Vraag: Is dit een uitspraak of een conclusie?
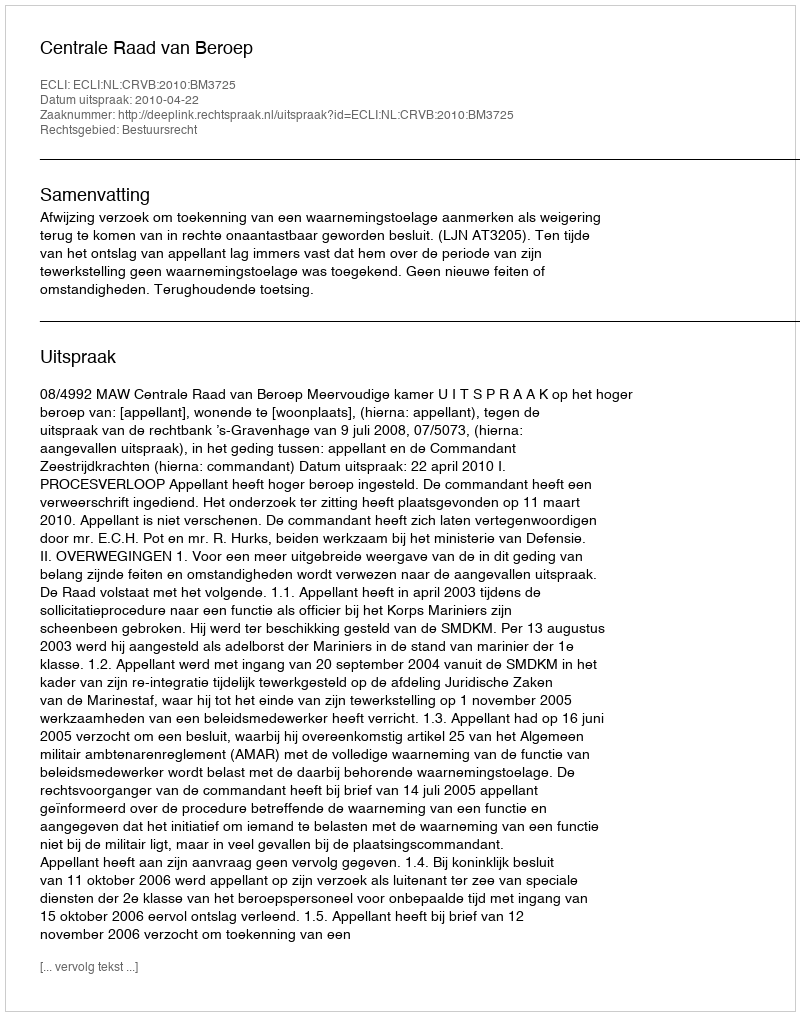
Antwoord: Uitspraak